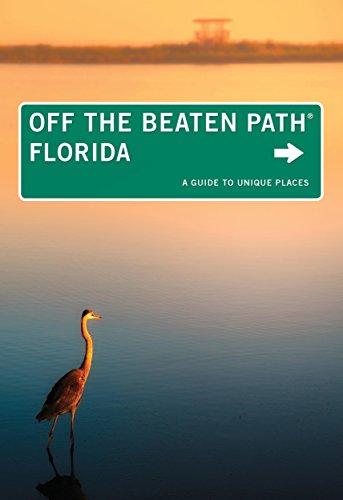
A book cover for Florida Off the Beaten PathÂ®: A Guide To Unique Places (Off the Beaten Path Series); Diana Gleasner; Travel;